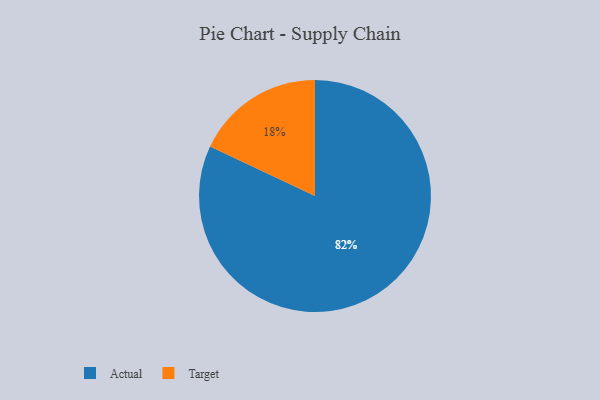
{"axis": {"x": "Category", "y": "Percentage"}, "legend": ["Actual", "Target"], "data": [{"x": "Target", "y": 18, "type": "Target"}, {"x": "Actual", "y": 82, "type": "Actual"}]}